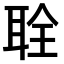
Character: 𫆂